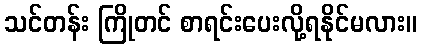
သင်တန်း ကြိုတင် စာရင်းပေးလို့ရနိုင်မလား။